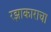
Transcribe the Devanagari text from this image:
रझाकाराचा